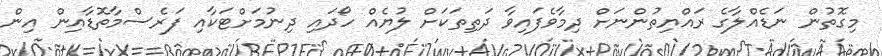
މިގޮތުން ނަޑެއްލާގެ ރައްޔިތުންނަށް ދިމާވެފައިވާ ދަތިތަކަށް ލުޔެއް ހޯދައި ދިނުމަށްޓަކާއި ފަރެސްމާތޮޑާއިން އިން